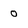
Character: O